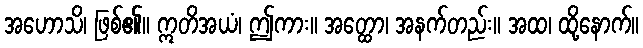
အဟောသိ၊ ဖြစ်၏။ ဣတိအယံ၊ ဤကား။ အတ္ထော၊ အနက်တည်း။ အထ၊ ထို့နောက်။